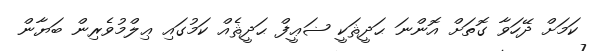
ކަމަށް ދޭހަވާ ގޮތަށް އޮންނަ ޙަދީޘަކީ ޟަޢީފް ޙަދީޘެއް ކަމުގައި ޢިލްމުވެރިން ބަޔާން